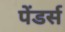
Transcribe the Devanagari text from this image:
पेंडर्स